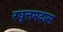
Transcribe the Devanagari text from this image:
रघुत्तमदास